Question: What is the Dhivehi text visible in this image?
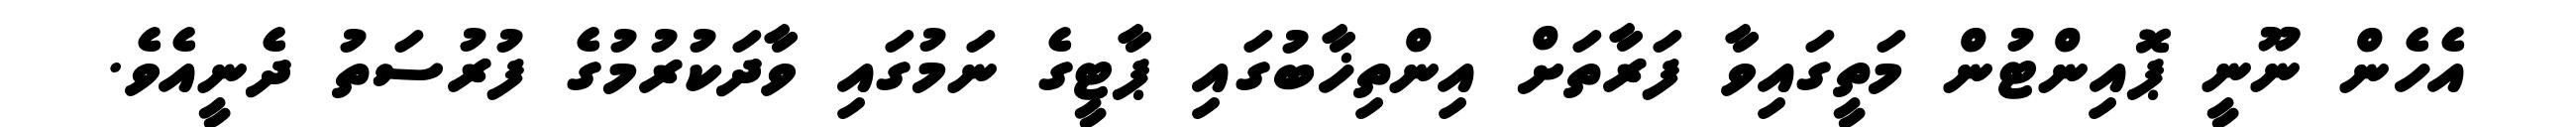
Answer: އެހެން ނޫނީ ޕޮއިންޓުން މަތީގައިވާ ފަރާތަށް އިންތިޚާބުގައި ޕާޓީގެ ނަމުގައި ވާދަކުރުމުގެ ފުރުސަތު ދެނީއެވެ.